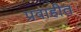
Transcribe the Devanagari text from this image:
प्रवाहीत